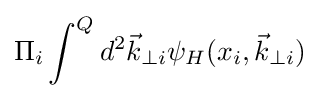
\Pi _{i}\int ^{Q}d^{2}{\vec {k}}_{\perp i}\psi _{H}(x_{i},{\vec {k}}_{\perp i})